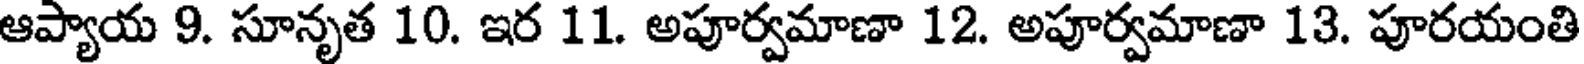
ఆప్యాయ 9. సూనృత 10. ఇర 11. అపూర్వమాణా 12. అపూర్వమాణా 13. పూరయంతి